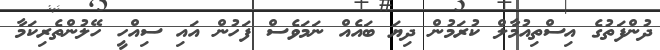
ދުންފަތުގެ އިސްތިއުމާލް ކުރަމުން ދިޔަ ބައެއް ނަމަވެސް ފަހުން އައި ސިއްހީ ހޭލުންތެރިކަމާ